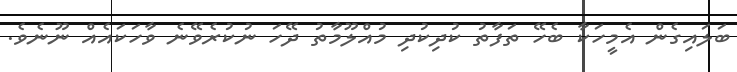
ބަލައިގެން އެމީހަކާ ބެހޭ ތަފާތު ކުދިކުދި މުއްލޫމާތު ދޭހަ ނުކުރެވޭނެ ވާހަކައެއް ނޫނެވެ.